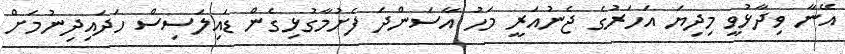
އޭނާ ވިދާޅުވީ މިދިޔަ އަހަރުގެ ޖެނުއަރީ މަހު އާސަންދަ ފެށުމާގުޅިގެން ޑައިލަސިސް ހަދައިދިނުމަށް